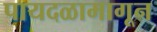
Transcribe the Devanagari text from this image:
पायदळामागून